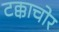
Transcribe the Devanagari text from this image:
टक्काचोर